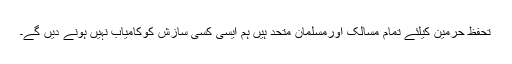
تحفظ حرمین کیلئے تمام مسالک اورمسلمان متحد ہیں ہم ایسی کسی سازش کوکامیاب نہیں ہونے دیں گے۔